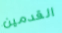
القدمين